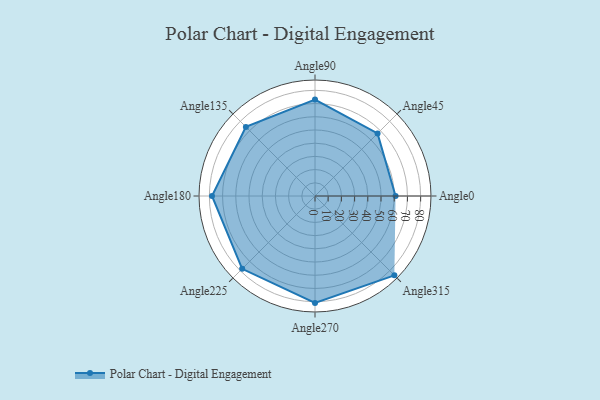
{"axis": {"x": "Angle", "y": "Radius"}, "legend": [""], "data": [{"x": "Angle0", "y": 61.0, "type": ""}, {"x": "Angle45", "y": 67.0, "type": ""}, {"x": "Angle90", "y": 73.0, "type": ""}, {"x": "Angle135", "y": 74.0, "type": ""}, {"x": "Angle180", "y": 78.0, "type": ""}, {"x": "Angle225", "y": 78.0, "type": ""}, {"x": "Angle270", "y": 81.0, "type": ""}, {"x": "Angle315", "y": 85.0, "type": ""}]}